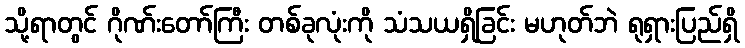
သို့ရာတွင် ဂိုဏ်းတော်ကြီး တစ်ခုလုံးကို သံသယရှိခြင်း မဟုတ်ဘဲ ရုရှားပြည်ရှိ